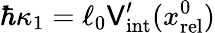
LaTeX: \hbar\kappa_{1}=\ell_{0}\mathsf{V}_{\mathrm{{int}}}^{\prime}(x_{\mathrm{{rel}}}^{0})